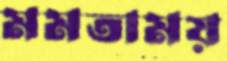
মমতাময়